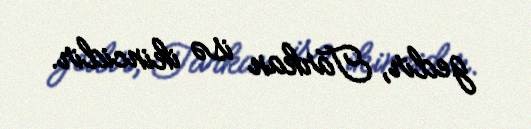
gedir, Tarkan isə ikincidir.